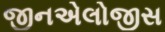
જીનએલોજીસ